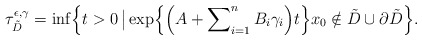
\begin{align*}\tau_{\tilde{D}}^{\epsilon,\gamma} = \inf \Bigl\{ t > 0 \, \bigl\vert \, \exp \Bigl\{\Bigl( A + \sum\nolimits_{i=1}^n B_i \gamma_i\Bigr)t\Bigr\} x_0 \notin \tilde{D} \cup \partial \tilde{D} \Bigr\}. \end{align*}